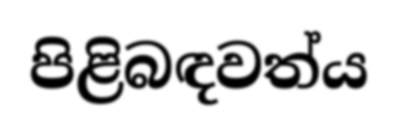
පිළිබඳවත්ය